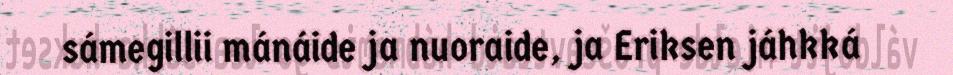
sámegillii mánáide ja nuoraide, ja Eriksen jáhkká